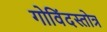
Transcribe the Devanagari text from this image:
गोविंदस्तोत्र